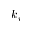
k _ { i }